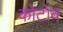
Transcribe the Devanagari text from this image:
कोटोव